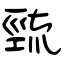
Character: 巰